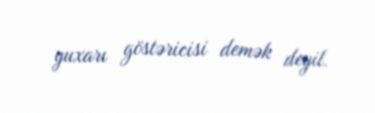
yuxarı göstəricisi demək deyil.